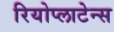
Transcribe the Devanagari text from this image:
रियोप्लाटेन्स